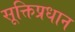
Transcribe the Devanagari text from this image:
सूक्तिप्रधान